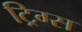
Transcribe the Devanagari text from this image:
ट्रिग्स